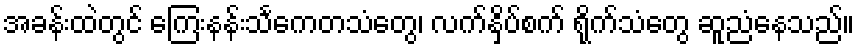
အခန်းထဲတွင် ကြေးနန်းသင်္ကေတသံတွေ၊ လက်နှိပ်စက် ရိုက်သံတွေ ဆူညံနေသည်။